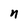
Character: n